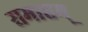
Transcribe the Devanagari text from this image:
समाप्तम्‌